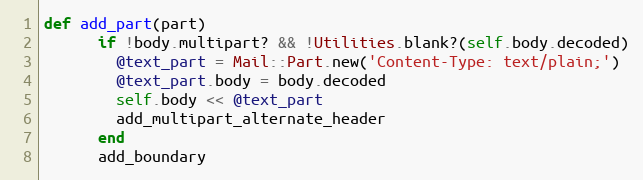
Language: Ruby
def add_part(part)
      if !body.multipart? && !Utilities.blank?(self.body.decoded)
        @text_part = Mail::Part.new('Content-Type: text/plain;')
        @text_part.body = body.decoded
        self.body << @text_part
        add_multipart_alternate_header
      end
      add_boundary